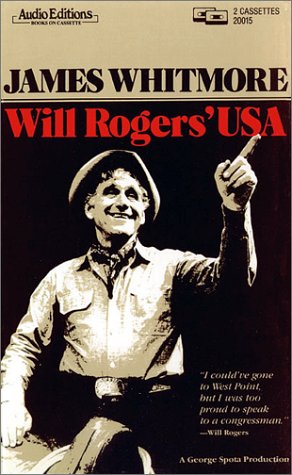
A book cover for Will Rogers' USA; Will Rogers; Humor & Entertainment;